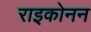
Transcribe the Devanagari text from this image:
राइकोनन